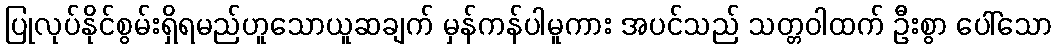
ပြုလုပ်နိုင်စွမ်းရှိရမည်ဟူသောယူဆချက် မှန်ကန်ပါမူကား အပင်သည် သတ္တဝါထက် ဦးစွာ ပေါ်သော